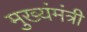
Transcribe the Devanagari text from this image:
मुख्यंमंत्री